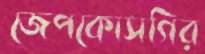
জেপকোসগির